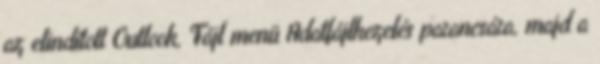
az elindított Outlook, Fájl menü Adatfájlkezelés parancsára, majd a